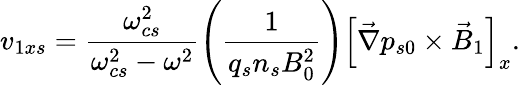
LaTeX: v_{1xs}=\frac{\omega_{cs}^{2}}{\omega_{cs}^{2}-\omega^{2}}\left(\frac{1}{q_{s}n_{s}B_{0}^{2}}\right)\left[\vec{\nabla}p_{s0}\times\vec{B}_{1}\right]_{x}.